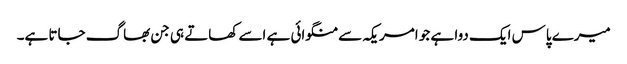
میرے پاس ایک دوا ہے جو امریکہ سے منگوائی ہے اسے کھاتے ہی جن بھاگ جاتا ہے۔